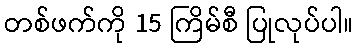
တစ်ဖက်ကို 15 ကြိမ်စီ ပြုလုပ်ပါ။